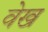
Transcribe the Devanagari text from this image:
वेख